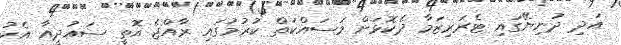
އަދި ދުނިޔޭގައި ޓެރަރިޒަމާ ދެކޮޅަށް މަސައްކަތް ކުރުމުގައި ރާއްޖެ އޮތީ ސައުދީއާ އެކު